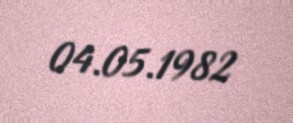
04.05.1982